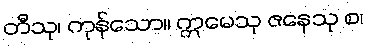
တီသု၊ ကုန်သော။ ဣမေသု ဇနေသု စ၊